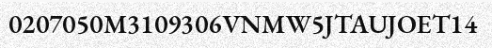
0207050M3109306VNMW5JTAUJOET14